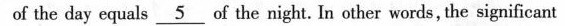
of the day equals \underline{5} of the night. In other words, the significant